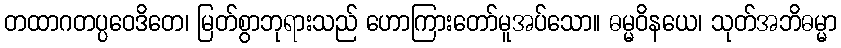
တထာဂတပ္ပဝေဒိတေ၊ မြတ်စွာဘုရားသည် ဟောကြားတော်မူအပ်သော။ ဓမ္မဝိနယေ၊ သုတ်အဘိဓမ္မာ